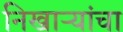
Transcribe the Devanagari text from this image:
निखाऱ्यांचा